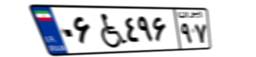
۰۶W۴۹۶۹۷